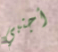
أجنبي